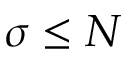
\sigma \leq N